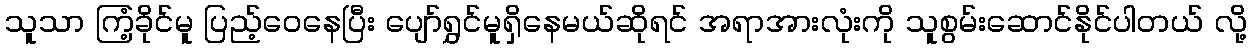
သူသာ ကြံ့ခိုင်မူ ပြည့်ဝေနေပြီး ပျော်ရွှင်မူရှိနေမယ်ဆိုရင် အရာအားလုံးကို သူစွမ်းဆောင်နိုင်ပါတယ် လို့